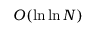
O ( \ln \ln N )